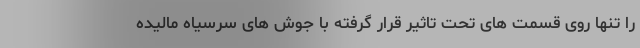
را تنها روی قسمت های تحت تاثیر قرار گرفته با جوش های سرسیاه مالیده